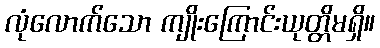
လုံလောက်သော ကျိုးကြောင်းယုတ္တိမရှိ။